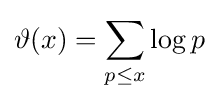
\vartheta (x)=\sum _{p\leq x}\log p